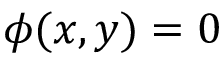
\phi ( x , y ) = 0